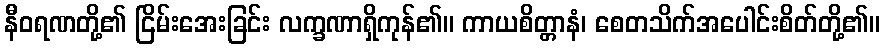
နီဝရဏတို့၏ ငြိမ်းအေးခြင်း လက္ခဏာရှိကုန်၏။ ကာယစိတ္တာနံ၊ စေတသိက်အပေါင်းစိတ်တို့၏။